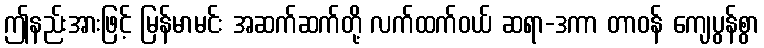
ဤနည်းအားဖြင့် မြန်မာမင်း အဆက်ဆက်တို့ လက်ထက်ဝယ် ဆရာ-ဒကာ တာဝန် ကျေပွန်စွာ